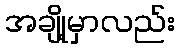
အချို့မှာလည်း